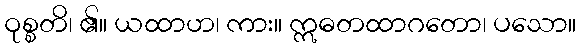
ဝုစ္စတိ၊ ၏။ ယထာဟ၊ ကား။ ဣဓတထာဂတော၊ ပသော။